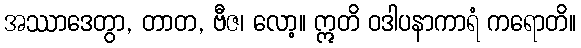
အဿာဒေတွာ, တာတ, ဗီဇ၊ လော့။ ဣတိ ဝဒါပနာကာရံ ကရောတိ။